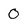
Character: o